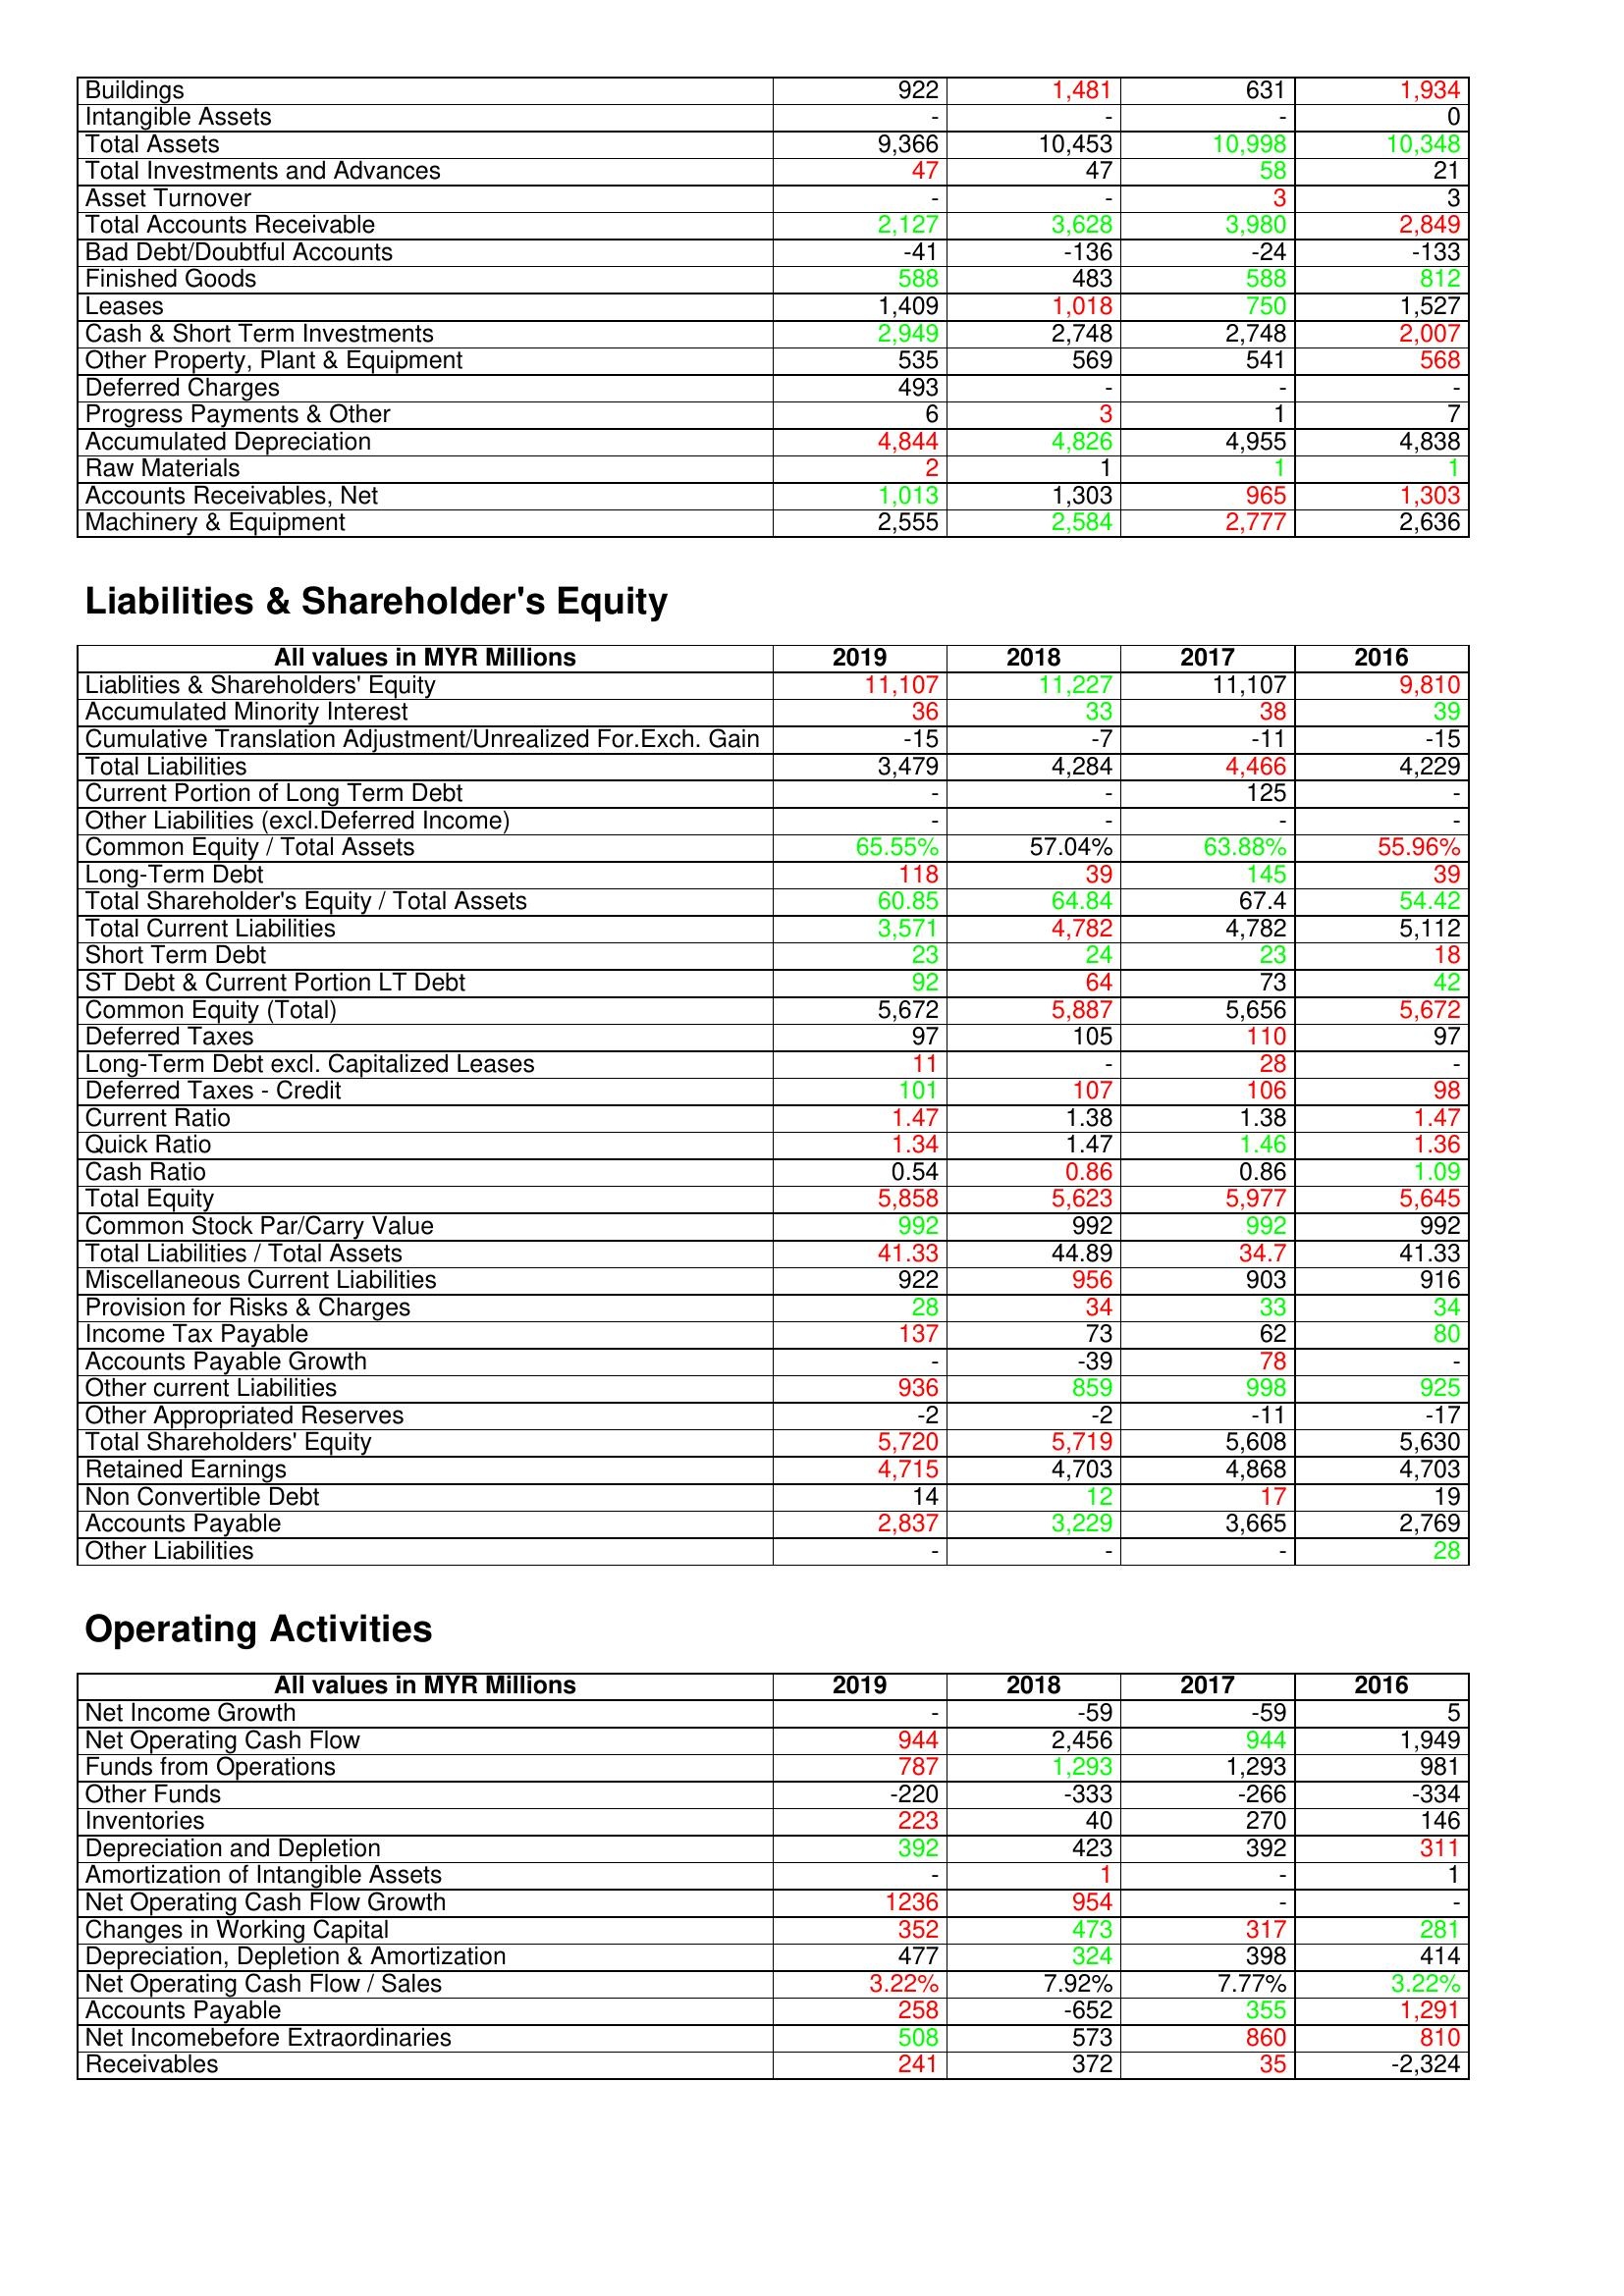
gt_parse: 2019: Assets: Buildings: 922
Intangible Assets: -
Total Assets: 9,366
Total Investments and Advances: 47
Asset Turnover: -
Total Accounts Receivable: 2,127
Bad Debt/Doubtful Accounts: -41
Finished Goods: 588
Leases: 1,409
Cash & Short Term Investments: 2,949
Other Property, Plant & Equipment: 535
Deferred Charges: 493
Progress Payments & Other: 6
Accumulated Depreciation: 4,844
Raw Materials: 2
Accounts Receivables, Net: 1,013
Machinery & Equipment: 2,555
Liabilities & Shareholder's Equity: Liablities & Shareholders' Equity: 11,107
Accumulated Minority Interest: 36
Cumulative Translation Adjustment/Unrealized For.Exch. Gain: -15
Total Liabilities: 3,479
Current Portion of Long Term Debt: -
Other Liabilities (excl.Deferred Income): -
Common Equity / Total Assets: 65.55%
Long-Term Debt: 118
Total Shareholder's Equity / Total Assets: 60.85
Total Current Liabilities: 3,571
Short Term Debt: 23
ST Debt & Current Portion LT Debt: 92
Common Equity (Total): 5,672
Deferred Taxes: 97
Long-Term Debt excl. Capitalized Leases: 11
Deferred Taxes - Credit: 101
Current Ratio: 1.47
Quick Ratio: 1.34
Cash Ratio: 0.54
Total Equity: 5,858
Common Stock Par/Carry Value: 992
Total Liabilities / Total Assets: 41.33
Miscellaneous Current Liabilities: 922
Provision for Risks & Charges: 28
Income Tax Payable: 137
Accounts Payable Growth: -
Other current Liabilities: 936
Other Appropriated Reserves: -2
Total Shareholders' Equity: 5,720
Retained Earnings: 4,715
Non Convertible Debt: 14
Accounts Payable: 2,837
Other Liabilities: -
Operating Activities: Net Income Growth: -
Net Operating Cash Flow: 944
Funds from Operations: 787
Other Funds: -220
Inventories: 223
Depreciation and Depletion: 392
Amortization of Intangible Assets: -
Net Operating Cash Flow Growth: 1236
Changes in Working Capital: 352
Depreciation, Depletion & Amortization: 477
Net Operating Cash Flow / Sales: 3.22%
Accounts Payable: 258
Net Incomebefore Extraordinaries: 508
Receivables: 241
2018: Assets: Buildings: 1,481
Intangible Assets: -
Total Assets: 10,453
Total Investments and Advances: 47
Asset Turnover: -
Total Accounts Receivable: 3,628
Bad Debt/Doubtful Accounts: -136
Finished Goods: 483
Leases: 1,018
Cash & Short Term Investments: 2,748
Other Property, Plant & Equipment: 569
Deferred Charges: -
Progress Payments & Other: 3
Accumulated Depreciation: 4,826
Raw Materials: 1
Accounts Receivables, Net: 1,303
Machinery & Equipment: 2,584
Liabilities & Shareholder's Equity: Liablities & Shareholders' Equity: 11,227
Accumulated Minority Interest: 33
Cumulative Translation Adjustment/Unrealized For.Exch. Gain: -7
Total Liabilities: 4,284
Current Portion of Long Term Debt: -
Other Liabilities (excl.Deferred Income): -
Common Equity / Total Assets: 57.04%
Long-Term Debt: 39
Total Shareholder's Equity / Total Assets: 64.84
Total Current Liabilities: 4,782
Short Term Debt: 24
ST Debt & Current Portion LT Debt: 64
Common Equity (Total): 5,887
Deferred Taxes: 105
Long-Term Debt excl. Capitalized Leases: -
Deferred Taxes - Credit: 107
Current Ratio: 1.38
Quick Ratio: 1.47
Cash Ratio: 0.86
Total Equity: 5,623
Common Stock Par/Carry Value: 992
Total Liabilities / Total Assets: 44.89
Miscellaneous Current Liabilities: 956
Provision for Risks & Charges: 34
Income Tax Payable: 73
Accounts Payable Growth: -39
Other current Liabilities: 859
Other Appropriated Reserves: -2
Total Shareholders' Equity: 5,719
Retained Earnings: 4,703
Non Convertible Debt: 12
Accounts Payable: 3,229
Other Liabilities: -
Operating Activities: Net Income Growth: -59
Net Operating Cash Flow: 2,456
Funds from Operations: 1,293
Other Funds: -333
Inventories: 40
Depreciation and Depletion: 423
Amortization of Intangible Assets: 1
Net Operating Cash Flow Growth: 954
Changes in Working Capital: 473
Depreciation, Depletion & Amortization: 324
Net Operating Cash Flow / Sales: 7.92%
Accounts Payable: -652
Net Incomebefore Extraordinaries: 573
Receivables: 372
2017: Assets: Buildings: 631
Intangible Assets: -
Total Assets: 10,998
Total Investments and Advances: 58
Asset Turnover: 3
Total Accounts Receivable: 3,980
Bad Debt/Doubtful Accounts: -24
Finished Goods: 588
Leases: 750
Cash & Short Term Investments: 2,748
Other Property, Plant & Equipment: 541
Deferred Charges: -
Progress Payments & Other: 1
Accumulated Depreciation: 4,955
Raw Materials: 1
Accounts Receivables, Net: 965
Machinery & Equipment: 2,777
Liabilities & Shareholder's Equity: Liablities & Shareholders' Equity: 11,107
Accumulated Minority Interest: 38
Cumulative Translation Adjustment/Unrealized For.Exch. Gain: -11
Total Liabilities: 4,466
Current Portion of Long Term Debt: 125
Other Liabilities (excl.Deferred Income): -
Common Equity / Total Assets: 63.88%
Long-Term Debt: 145
Total Shareholder's Equity / Total Assets: 67.4
Total Current Liabilities: 4,782
Short Term Debt: 23
ST Debt & Current Portion LT Debt: 73
Common Equity (Total): 5,656
Deferred Taxes: 110
Long-Term Debt excl. Capitalized Leases: 28
Deferred Taxes - Credit: 106
Current Ratio: 1.38
Quick Ratio: 1.46
Cash Ratio: 0.86
Total Equity: 5,977
Common Stock Par/Carry Value: 992
Total Liabilities / Total Assets: 34.7
Miscellaneous Current Liabilities: 903
Provision for Risks & Charges: 33
Income Tax Payable: 62
Accounts Payable Growth: 78
Other current Liabilities: 998
Other Appropriated Reserves: -11
Total Shareholders' Equity: 5,608
Retained Earnings: 4,868
Non Convertible Debt: 17
Accounts Payable: 3,665
Other Liabilities: -
Operating Activities: Net Income Growth: -59
Net Operating Cash Flow: 944
Funds from Operations: 1,293
Other Funds: -266
Inventories: 270
Depreciation and Depletion: 392
Amortization of Intangible Assets: -
Net Operating Cash Flow Growth: -
Changes in Working Capital: 317
Depreciation, Depletion & Amortization: 398
Net Operating Cash Flow / Sales: 7.77%
Accounts Payable: 355
Net Incomebefore Extraordinaries: 860
Receivables: 35
2016: Assets: Buildings: 1,934
Intangible Assets: 0
Total Assets: 10,348
Total Investments and Advances: 21
Asset Turnover: 3
Total Accounts Receivable: 2,849
Bad Debt/Doubtful Accounts: -133
Finished Goods: 812
Leases: 1,527
Cash & Short Term Investments: 2,007
Other Property, Plant & Equipment: 568
Deferred Charges: -
Progress Payments & Other: 7
Accumulated Depreciation: 4,838
Raw Materials: 1
Accounts Receivables, Net: 1,303
Machinery & Equipment: 2,636
Liabilities & Shareholder's Equity: Liablities & Shareholders' Equity: 9,810
Accumulated Minority Interest: 39
Cumulative Translation Adjustment/Unrealized For.Exch. Gain: -15
Total Liabilities: 4,229
Current Portion of Long Term Debt: -
Other Liabilities (excl.Deferred Income): -
Common Equity / Total Assets: 55.96%
Long-Term Debt: 39
Total Shareholder's Equity / Total Assets: 54.42
Total Current Liabilities: 5,112
Short Term Debt: 18
ST Debt & Current Portion LT Debt: 42
Common Equity (Total): 5,672
Deferred Taxes: 97
Long-Term Debt excl. Capitalized Leases: -
Deferred Taxes - Credit: 98
Current Ratio: 1.47
Quick Ratio: 1.36
Cash Ratio: 1.09
Total Equity: 5,645
Common Stock Par/Carry Value: 992
Total Liabilities / Total Assets: 41.33
Miscellaneous Current Liabilities: 916
Provision for Risks & Charges: 34
Income Tax Payable: 80
Accounts Payable Growth: -
Other current Liabilities: 925
Other Appropriated Reserves: -17
Total Shareholders' Equity: 5,630
Retained Earnings: 4,703
Non Convertible Debt: 19
Accounts Payable: 2,769
Other Liabilities: 28
Operating Activities: Net Income Growth: 5
Net Operating Cash Flow: 1,949
Funds from Operations: 981
Other Funds: -334
Inventories: 146
Depreciation and Depletion: 311
Amortization of Intangible Assets: 1
Net Operating Cash Flow Growth: -
Changes in Working Capital: 281
Depreciation, Depletion & Amortization: 414
Net Operating Cash Flow / Sales: 3.22%
Accounts Payable: 1,291
Net Incomebefore Extraordinaries: 810
Receivables: -2,324